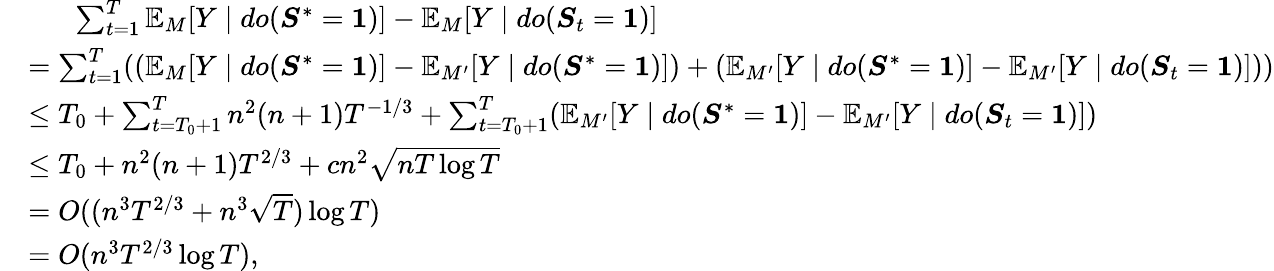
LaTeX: \begin{array}{rl}&{\ \ \ \ \ \ \sum_{t=1}^{T}\mathbb{E}_{M}[Y\mid do(\boldsymbol{S}^{*}=\textbf{1})]-\mathbb{E}_{M}[Y\mid do(\boldsymbol{S}_{t}=\textbf{1})]}\\ &{=\sum_{t=1}^{T}((\mathbb{E}_{M}[Y\mid do(\boldsymbol{S}^{*}=\textbf{1})]-\mathbb{E}_{M^{\prime}}[Y\mid do(\boldsymbol{S}^{*}=\textbf{1})])+(\mathbb{E}_{M^{\prime}}[Y\mid do(\boldsymbol{S}^{*}=\textbf{1})]-\mathbb{E}_{M^{\prime}}[Y\mid do(\boldsymbol{S}_{t}=\textbf{1})]))}\\ &{\le T_{0}+\sum_{t=T_{0}+1}^{T}n^{2}(n+1)T^{-1/3}+\sum_{t=T_{0}+1}^{T}(\mathbb{E}_{M^{\prime}}[Y\mid do(\boldsymbol{S}^{*}=\textbf{1})]-\mathbb{E}_{M^{\prime}}[Y\mid do(\boldsymbol{S}_{t}=\textbf{1})])}\\ &{\le T_{0}+n^{2}(n+1)T^{2/3}+cn^{2}\sqrt{nT\log T}}\\ &{=O((n^{3}T^{2/3}+n^{3}\sqrt{T})\log T)}\\ &{=O(n^{3}T^{2/3}\log T),}\end{array}